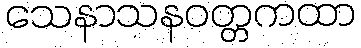
သေနာသနဝတ္တကထာ